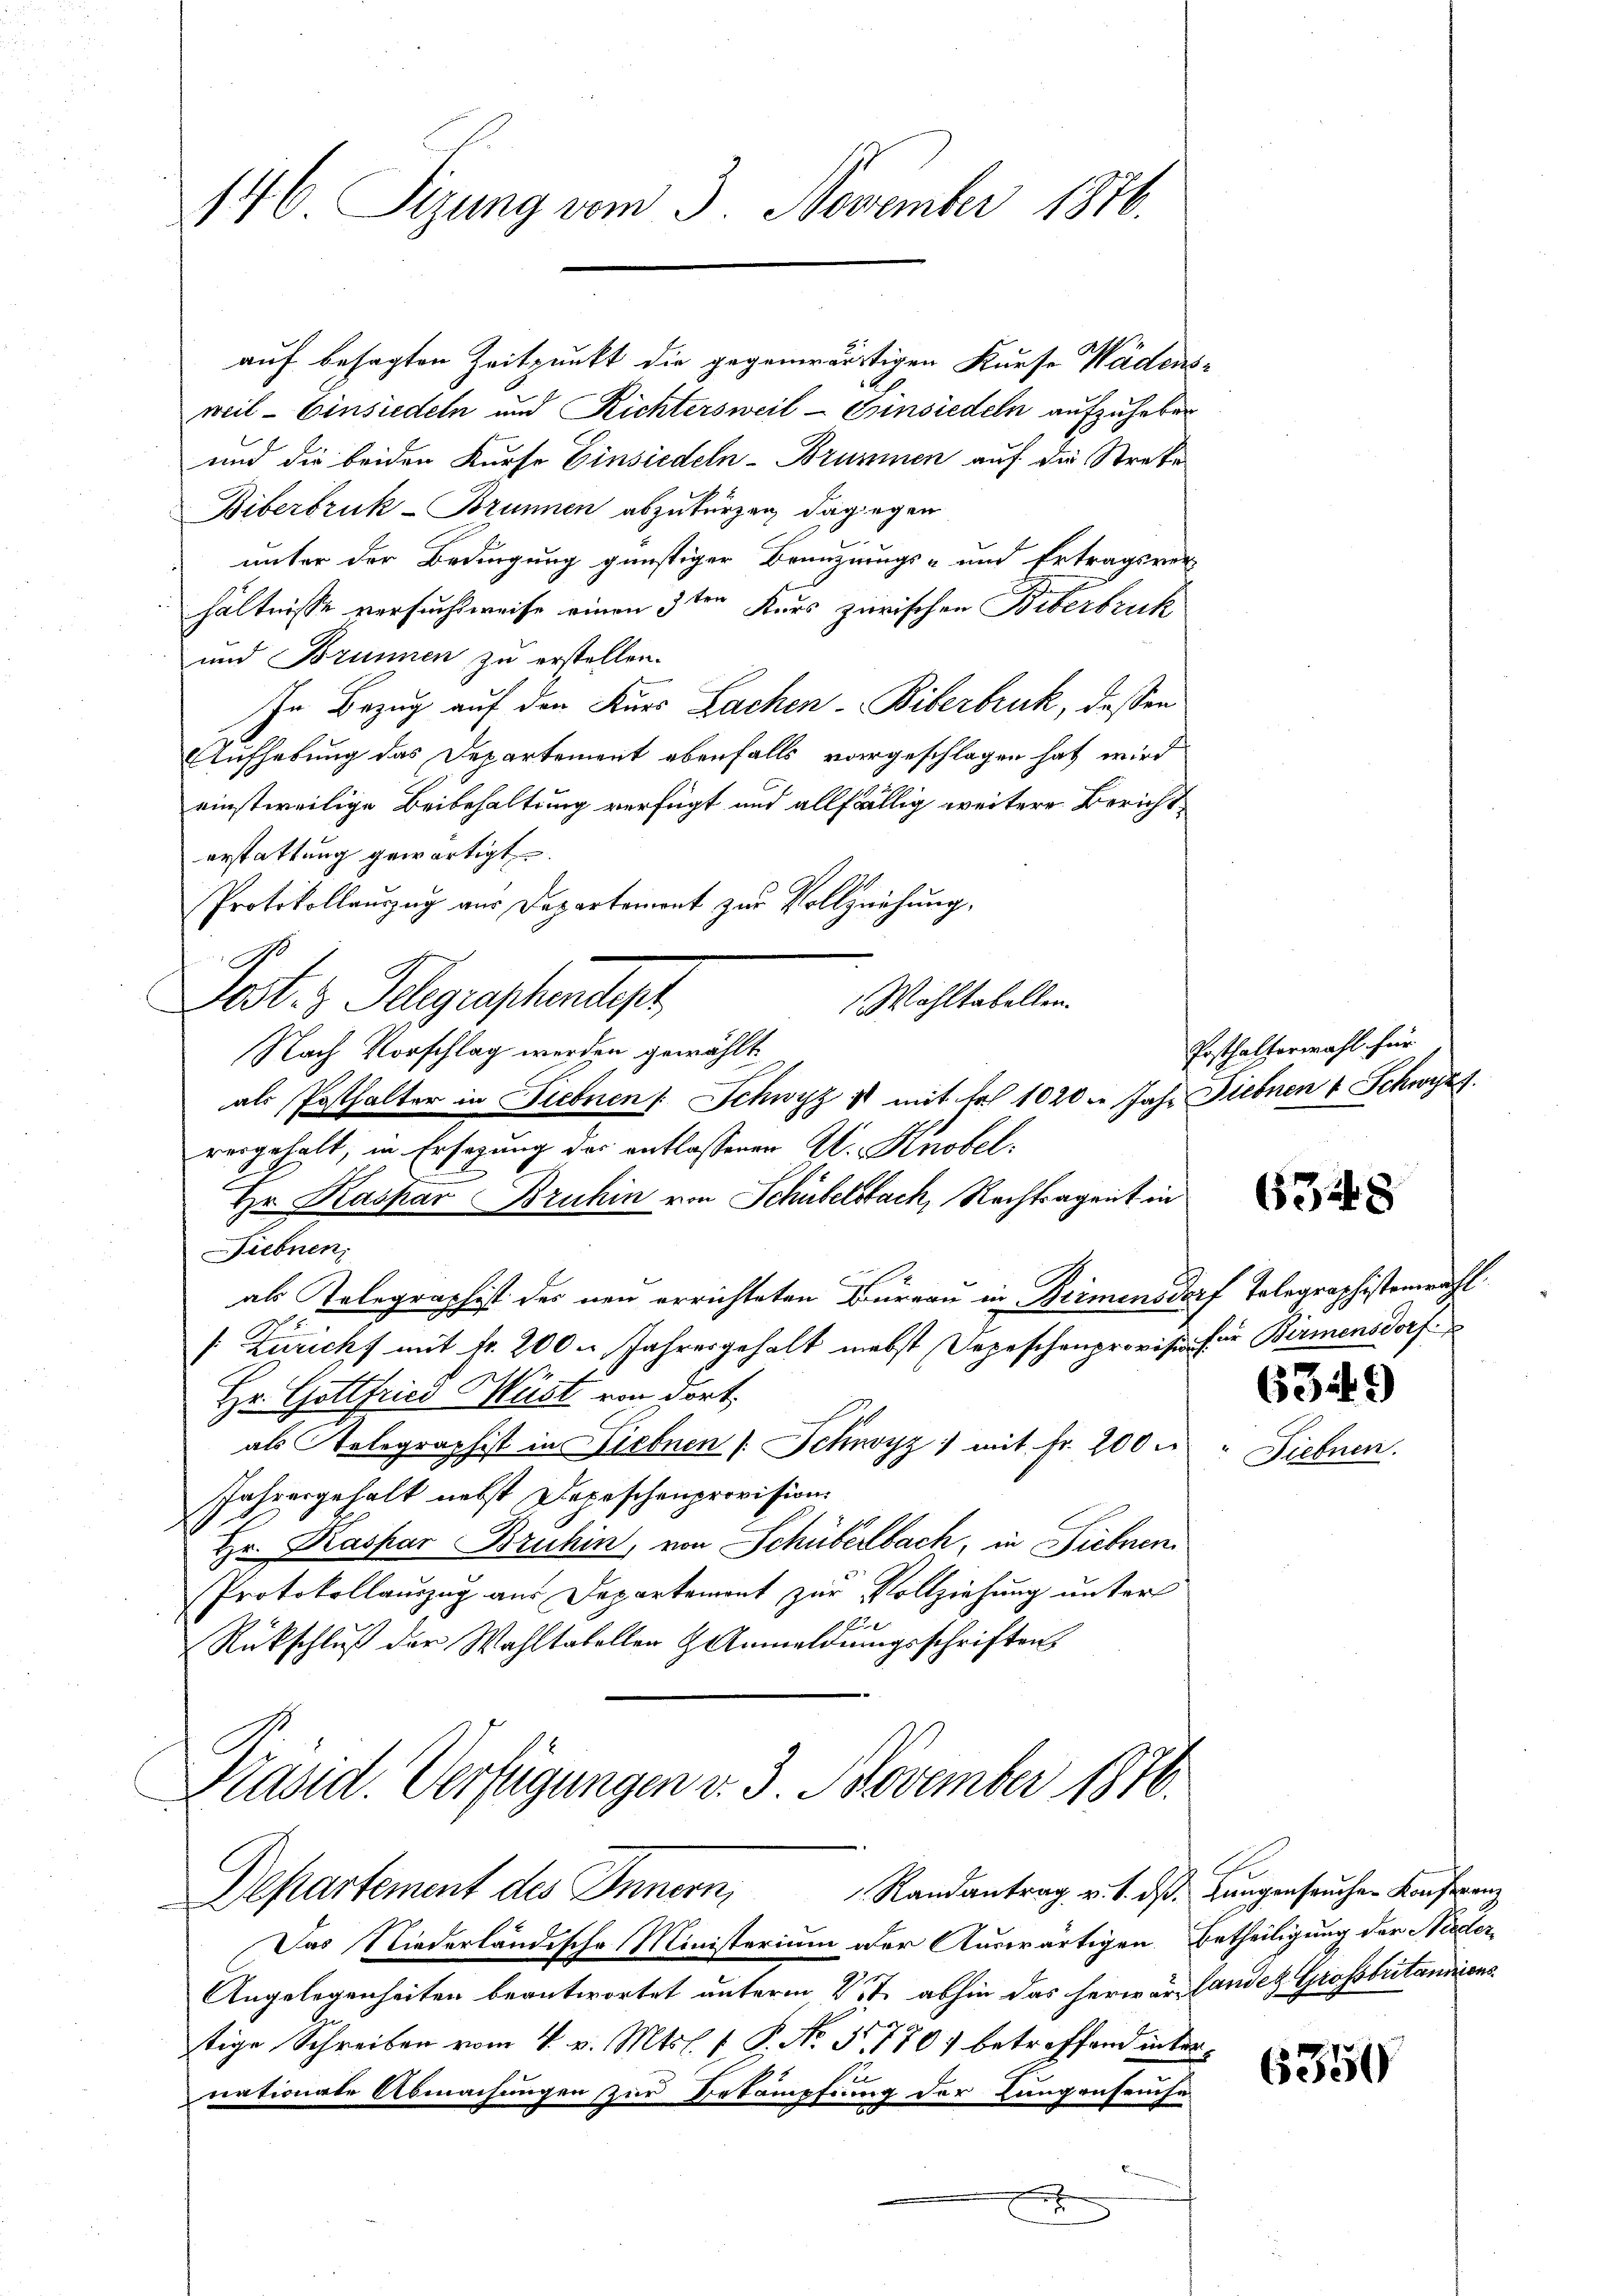
146 Sizung vom 3. November 1876.

auf besagten Zeitpunkt die gegenwärtigen Kurse Wädensweil - Einsiedeln und Richtersweil - Einsiedeln aufzuheben
und die beiden Kurse Einsiedeln-Brummen auf die Streke
Biberbruk-Brunnen abzukürzen dagegen
unter der Bedingung günstiger Branzungs- und Ertragsver-
hältnisse versuchsweise einen 3ten Kurs zerischen Biberbruck
und Brunnen zu erstellen.
In Bezug auf den Kurs Lachen-Biberbruck, dessen
Aufhebung das Departement ebenfalls vorgeschlagen hat wird
einstweilige Beibehaltung verfügt und allfällig weitere Bericht
erstattung gewärtigt.
Protokollauszug aus Departement zur Vollziehung,
.
Fest. 3. Telegraphendept
Wohltabellen.
Nach Vorschlag werden gewählt
als Posthalter in Fiebnen Schwyz 11 mit Fr. 1020. Jahr Fiebnen 4 Schwyzt.
vergehalt, in Ersezung des entlassenen Al. Knobel
Hr. Kaspar Bruhin von Schübelsbach, Nachtragent in
Siebnen,
als Telegraphist des neu errichteten Bureau in Birmensdorf Telegraphistenwahl
 Züricht mit fr. 200 u. Jahresgehalt nebst Depeschenprovision für Birmensdorf
Hr. Gottfried Müst von dort,
als Telegraphist in Liebnen /: Schwyz mit Fr. 200.
Jahresgehalt nebst Depeschenprovision
Hr. Kaspar Bruhin, von Schüberbach, in Siebnen
Protokollauszug aus Departement zur Vollziehung unter
B
Rückschlŭβ der Wahltabeller & Anmeldŭngsschriften
Präsid. Verfügungen v. 3. November 1876.

Randantrag v. 1. ds. Lungenseuchen Konferen
Departement des Innern,

Das Niederländische Ministerium der Auswärtigen Betheiligung der Nieder¬
Angelegenheiten beantwortet unterm 23t abhin das herwar landes Grossbritansions
tige Schreiben vom 4. v. Mts. 1 P. No 52. 770 betreffend inter
u
nationate Abmachungen zur Bekämpfung der Langenseuche
B
x

Posthalterwahl für

6348

634

5)

6350